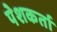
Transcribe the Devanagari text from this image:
पेशकर्ता